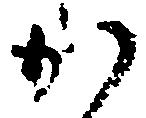
か